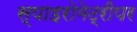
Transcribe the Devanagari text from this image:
स्पाइरोमेट्रीपर